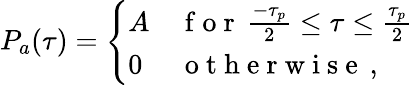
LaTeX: P_{a}(\tau)=\left\{ \begin{array}{ll}{A}&{\mathrm{~f~o~r~}\, \frac{-\tau_{p}}{2}\leq\tau\leq\frac{\tau_{p}}{2}}\\ {0}&{\mathrm{~o~t~h~e~r~w~i~s~e~}\, ,}\end{array}\right.